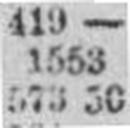
573 50